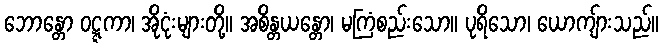
ဘောန္တော ဝဋ္ဋကာ၊ အိုငုံးများတို့။ အစိန္တယန္တော၊ မကြံစည်းသော။ ပုရိသော၊ ယောကျ်ားသည်။